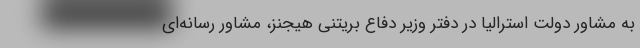
به مشاور دولت استرالیا در دفتر وزیر دفاع بریتنی هیجنز، مشاور رسانه‌ای